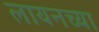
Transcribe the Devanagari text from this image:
लायनच्या